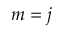
m = j